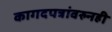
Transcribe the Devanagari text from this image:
कागदपत्रांवरुनही